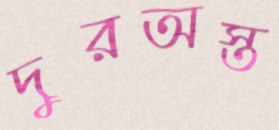
দুরঅস্ত